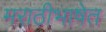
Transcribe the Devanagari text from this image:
मराठीभाषेत